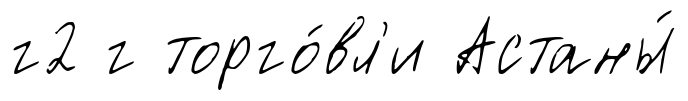
г2 г торго́вл'и Астаны́